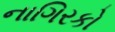
નાગિરકો